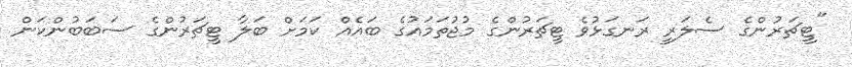
"ޓީޗަރުންގެ ސެލަރީ ރަނގަޅުވެ ޓީޗަރުންގެ މުޖުތަމައުގެ ބައެއް ކަމަށް ބަލާ ޓީޗަރުންގެ ސަބަބުންކަން